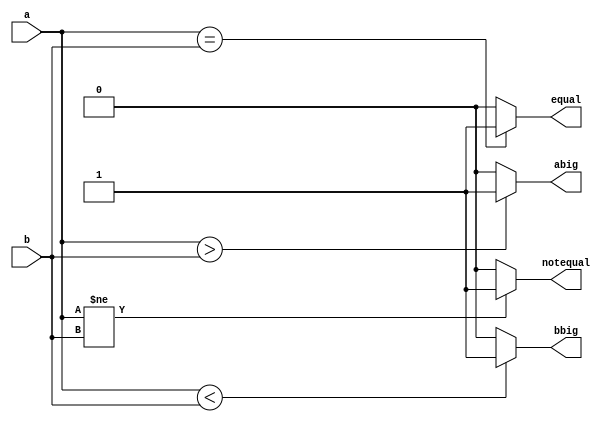
`timescale 1ns / 1ps

module one_bit(
    input a,b, output equal, notequal, abig, bbig
    );
    assign equal = (a == b)? 1:0; 
    assign notequal = (a != b)? 1:0;
    assign abig = (a>b)? 1:0;
    assign bbig = (a < b)? 1:0;
endmodule